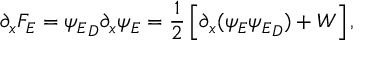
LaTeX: \partial _ { x } { \cal F } _ { E } = { \psi _ { E } } _ { D } \partial _ { x } \psi _ { E } = { \frac { 1 } { 2 } } \left[ \partial _ { x } ( \psi _ { E } { \psi _ { E } } _ { D } ) + W \right] ,